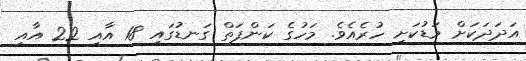
އަދަދަކަށް މަޑުކަށި ހުރެއެވެ. މަހުގެ ކަންފަތް ގަނޑުގައި 18 އާއި 22 އާއި